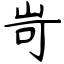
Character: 岢